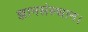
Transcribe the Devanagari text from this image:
ज्ञानसंस्थान।